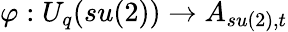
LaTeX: \varphi:U_{q}(su(2))\rightarrow A_{su(2),t}